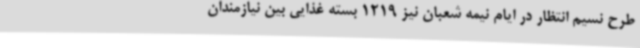
طرح نسیم انتظار در ایام نیمه شعبان نیز 1219 بسته غذایی بین نیازمندان